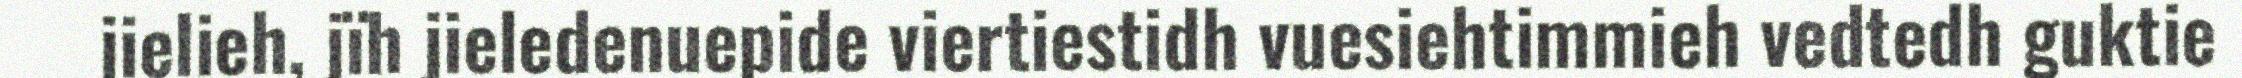
jielieh, jïh jieledenuepide viertiestidh vuesiehtimmieh vedtedh guktie